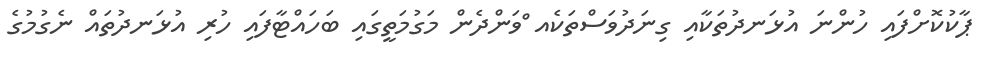
ޕާކުކޮށްފައި ހުންނަ އުޅަނދުތަކާއި ގިނަދުވަސްތަކެއ ްވަންދެން މަގުމަތީގައި ބަހައްޓާފައި ހުރި އުޅަނދުތައް ނެގުމުގެ